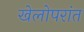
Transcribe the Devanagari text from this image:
खेलोपरांत